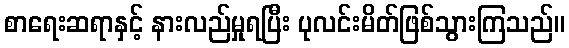
စာရေးဆရာနှင့် နားလည်မှုရပြီး ပုလင်းမိတ်ဖြစ်သွားကြသည်။